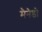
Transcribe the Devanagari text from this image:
मैनेडो